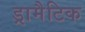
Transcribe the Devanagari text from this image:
ड्रामैटिक